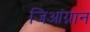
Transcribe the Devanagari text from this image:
जिआंग्नान